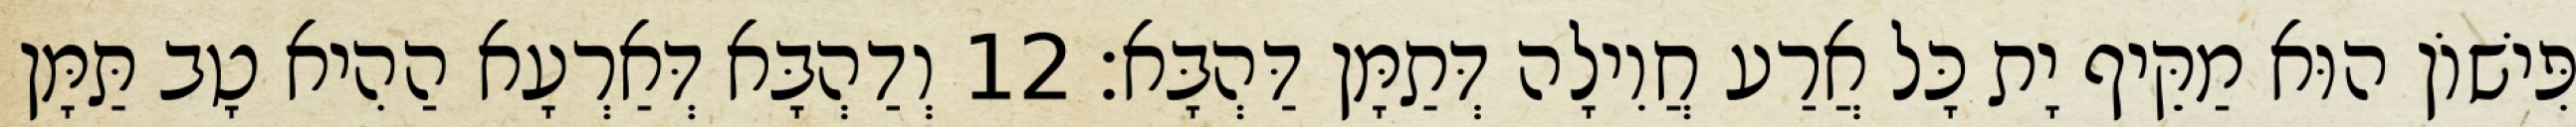
פִּישׁוֹן הוּא מַקֵּיף יָת כָּל אֲרַע חֲוִילָה דְּתַמָּן דַּהְבָּא׃ 12 וְדַהְבָּא דְּאַרְעָא הַהִיא טָב תַּמָּן